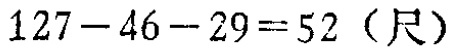
\(127 - 46 - 29 = 52（尺）\)